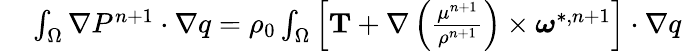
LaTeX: \begin{array}{rl}{\small}&{{}\int_{\Omega}\nabla P^{n+1}\cdot\nabla q=\rho_{0}\int_{\Omega}\left[\textbf{T}+\nabla\left(\frac{\mu^{n+1}}{\rho^{n+1}}\right)\times\boldsymbol{\omega}^{*,n+1}\right]\cdot\nabla q}\end{array}